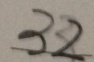
3 2